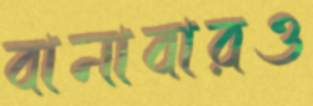
বানাবারও